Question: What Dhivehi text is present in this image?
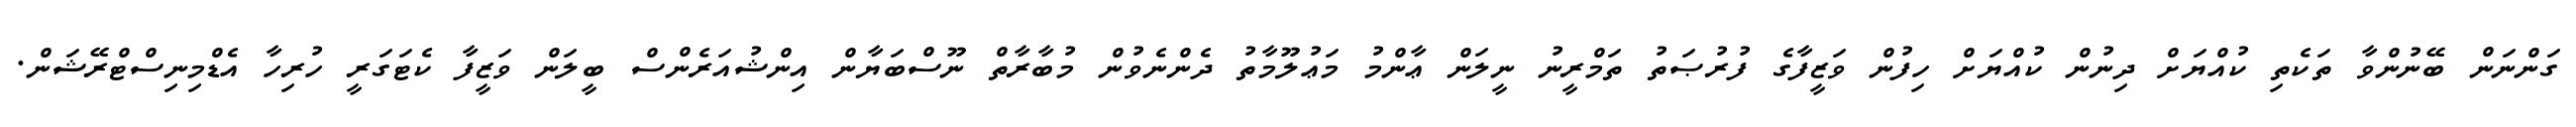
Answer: ގަންނަން ބޭނުންވާ ތަކެތި ކުއްޔަށް ދިނުން ކުއްޔަށް ހިފުން ވަޒީފާގެ ފުރުޞަތު ތަމްރީނު ނީލަން ޢާންމު މަޢުލޫމާތު ދެންނެވުން މުބާރާތް ނޫސްބަޔާން އިންޝުއަރެންސް ބީލަން ވަޒީފާ ކެޓަގަރީ ހުރިހާ އެޑްމިނިސްޓްރޭޝަން.